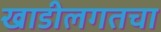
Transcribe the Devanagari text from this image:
खाडीलगतचा